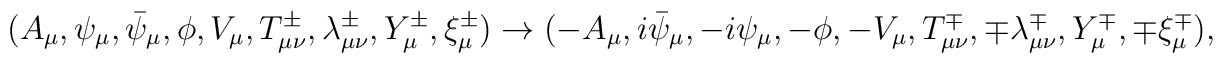
( A_\mu, \psi_\mu, \bar{\psi}_\mu, \phi, V_\mu,T_{\mu\nu}^\pm, \lambda_{\mu\nu}^\pm, Y_\mu^\pm, \xi_\mu^\pm ) \rightarrow( - A_\mu, i \bar{\psi}_\mu, - i \psi_\mu, - \phi, - V_\mu,T_{\mu\nu}^\mp, \mp \lambda_{\mu\nu}^\mp, Y_\mu^\mp, \mp \xi_\mu^\mp ),